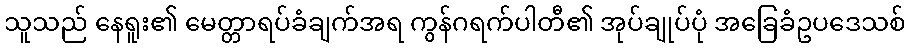
သူသည် နေရူး၏ မေတ္တာရပ်ခံချက်အရ ကွန်ဂရက်ပါတီ၏ အုပ်ချုပ်ပုံ အခြေခံဥပဒေသစ်